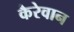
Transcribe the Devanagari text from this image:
कैरेवान